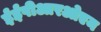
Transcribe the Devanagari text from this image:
ईईपीआरओएम